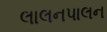
લાલનપાલન